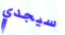
سيجدي